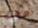
وقت